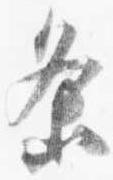
条